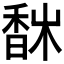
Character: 𩡀